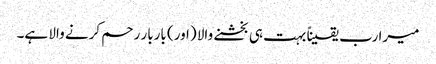
میرا رب یقیناً بہت ہی بخشنے والا (اور) باربار رحم کرنے والا ہے۔